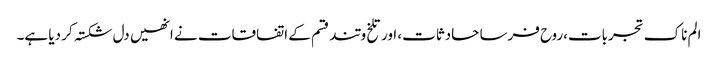
الم ناک تجربات،روح فرسا حادثات، اور تلخ و تند قسم کے اتفاقات نے انھیں دل شکستہ کر دیا ہے۔